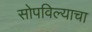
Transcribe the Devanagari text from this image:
सोपविल्याचा